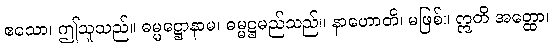
ဧသော၊ ဤသူသည်။ ဓမ္မဋ္ဌောနာမ၊ ဓမ္မဋ္ဌမည်သည်။ နာဟောတိ၊ မဖြစ်။ ဣတိ အတ္ထော၊